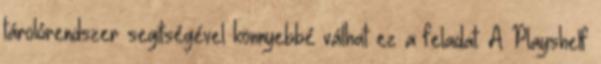
tárolórendszer segítségével könnyebbé válhat ez a feladat. A Playshelf